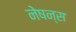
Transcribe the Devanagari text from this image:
नेषन्स